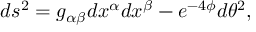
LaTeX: d s ^ { 2 } = g _ { \alpha \beta } d x ^ { \alpha } d x ^ { \beta } - e ^ { - 4 \phi } d \theta ^ { 2 } ,